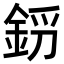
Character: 𨦝